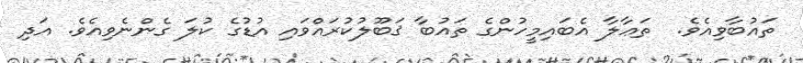
ތައުބާވިއެވެ.  ތަޢާލާ އެބައިމީހުންގެ ތައުބާ ޤަބޫލުކުރައްވައި އުޑުގެ ކުލަ ގެންނެވިއެވެ. އަދި